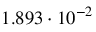
1 . 8 9 3 \cdot 1 0 ^ { - 2 }